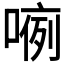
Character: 𱔂